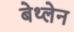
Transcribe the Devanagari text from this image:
बेथ्लेन